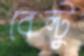
বেল্টু